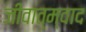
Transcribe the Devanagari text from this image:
जीवात्म्वाद